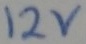
Text: 12V